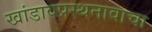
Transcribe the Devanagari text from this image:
खांडावप्रस्थनावाचा